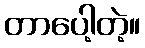
တာပေါ့တဲ့။